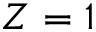
Z = 1